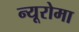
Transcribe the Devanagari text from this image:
न्यूरोमा